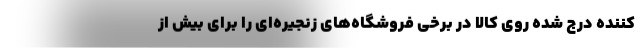
کننده درج شده روی کالا در برخی فروشگاه‌های زنجیره‌ای را برای بیش از